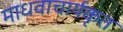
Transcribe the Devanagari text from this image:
माधवाचार्यकृत